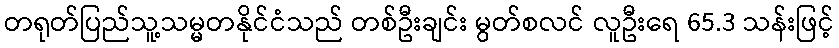
တရုတ်ပြည်သူ့သမ္မတနိုင်ငံသည် တစ်ဦးချင်း မွတ်စလင် လူဦးရေ 65.3 သန်းဖြင့်